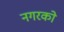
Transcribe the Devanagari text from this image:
नगरको